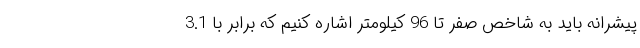
پیشرانه باید به شاخص صفر تا 96 کیلومتر اشاره کنیم که برابر با 3.1